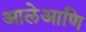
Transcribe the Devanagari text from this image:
आलेआणि